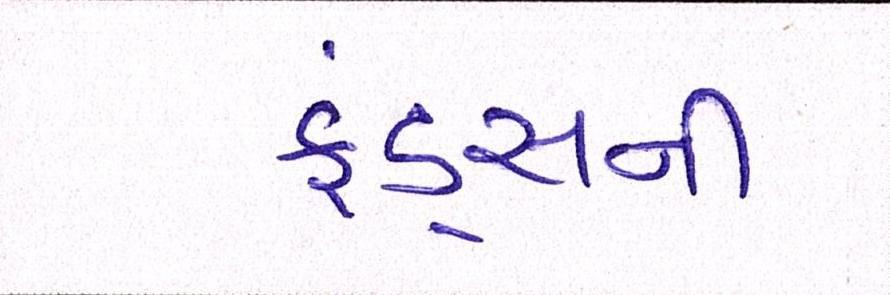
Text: ફંડ્સની